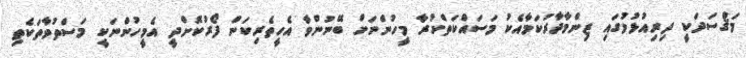
މަޤްސަދަކީ ދިރިއުޅުމުގައި ޒިންމާދާރުކަމާއެކު މަސައްކަތްކުރާ މީހުންނަށް ބޭނުންވާ އެހީތެރިކަން ފޯރުކޮށްދީ އެމީހުންނަކީ މަސްތުވާތަކެތި